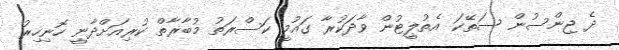
ދެ ޖިންސުން ސަތޭކަ އެތުލީޓުން ވާދަކުރާ ގައުމީ ކަސްރަތު މުބާރާތް ކުރިއަށްދާނީ ހޮނިހިރު